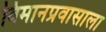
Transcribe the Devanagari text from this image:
विमानप्रवासाला